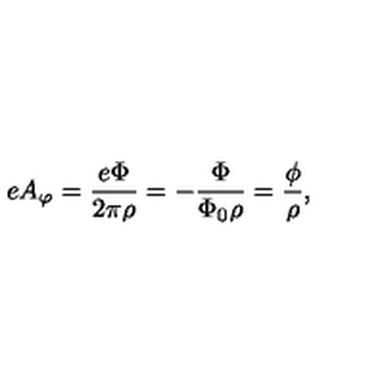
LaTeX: e A _ { \varphi } = { \frac { e \Phi } { 2 \pi \rho } } = - { \frac { \Phi } { \Phi _ { 0 } \rho } } = { \frac { \phi } { \rho } } ,